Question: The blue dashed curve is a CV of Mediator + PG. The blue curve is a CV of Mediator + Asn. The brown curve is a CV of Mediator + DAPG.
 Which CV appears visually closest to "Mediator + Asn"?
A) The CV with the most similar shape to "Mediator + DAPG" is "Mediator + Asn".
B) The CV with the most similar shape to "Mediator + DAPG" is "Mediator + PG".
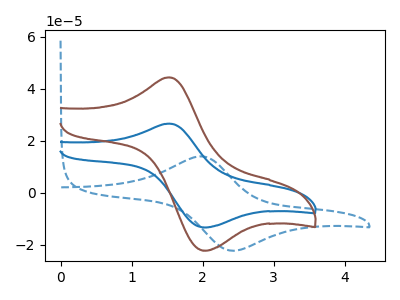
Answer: <think>The blue dashed curve "Mediator + PG" has an anodic peak at (2.00V, 14.00uA) and a cathodic peak at (2.40V, -22.25uA). The blue curve "Mediator + Asn" has an anodic peak at (1.55V, 26.60uA) and a cathodic peak at (2.05V, -13.30uA). The brown curve "Mediator + DAPG" has an anodic peak at (1.55V, 44.35uA) and a cathodic peak at (2.05V, -22.25uA).
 "Mediator + PG" and "Mediator + Asn" have at least one peak that do not match. "Mediator + PG" and "Mediator + DAPG" have at least one peak that do not match. All the peaks in "Mediator + Asn" have a peak in "Mediator + DAPG" at the same potential. Every peak in "Mediator + Asn" is lower than every peak in "Mediator + DAPG".</think>
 <answer>A) The CV with the most similar shape to "Mediator + DAPG" is "Mediator + Asn".</answer>
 <eval>A</eval>